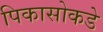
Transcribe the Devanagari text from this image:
पिकासोकडे